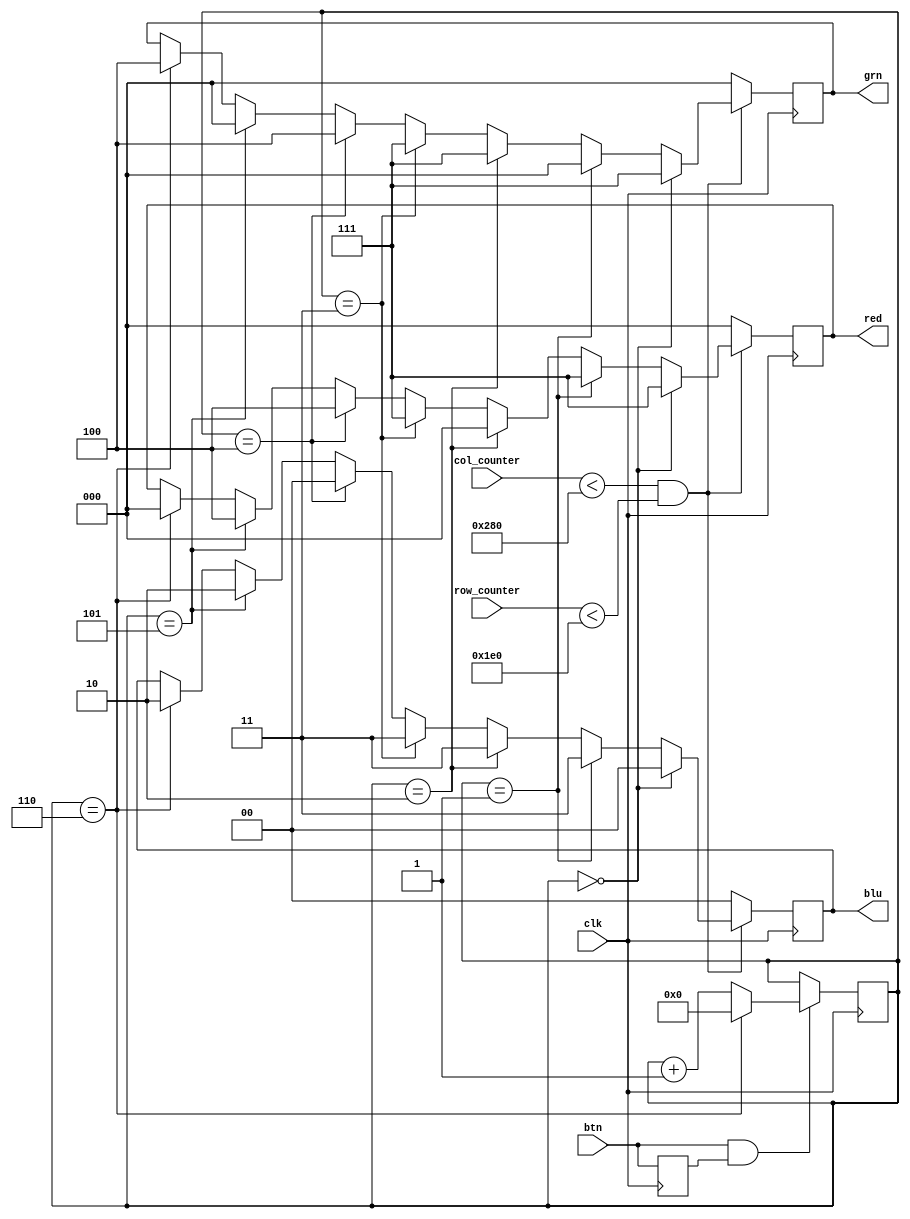
/* 
    Creates video signal by writing values to red, green, and blue signals
*/

module video_signal_generator
    #(
        parameter DISP_COLS = 640,
        parameter DISP_ROWS = 480
    )
    (
        input btn,
        input [11:0] col_counter,
        input [11:0] row_counter,

        output reg [2:0] red,
        output reg [2:0] grn,
        output reg [1:0] blu,

        input clk
    );

    reg prev_btn_status = 0;
    reg [4:0] video_selector = 0;

    always @(posedge clk) begin
        prev_btn_status <= btn;
            
        if (btn == 1 && prev_btn_status == 1) begin

            if (video_selector == 6) begin
                video_selector = 0;
            end

            else begin
                video_selector = video_selector + 1;
            end
        end
    end

    always @(posedge clk) begin
        if (col_counter < DISP_COLS && row_counter < DISP_ROWS) begin
            if (video_selector == 0) begin
                red <= 3'b111;
                grn <= 3'b111;
                blu <= 2'b00; 
            end
            else if (video_selector == 1) begin
                red <= 3'b111;
                grn <= 3'b000;
                blu <= 2'b11; 
            end
            else if (video_selector == 2) begin
                red <= 3'b000;
                grn <= 3'b111;
                blu <= 2'b11; 
            end
            else if (video_selector == 3) begin
                red <= 3'b111;
                grn <= 3'b111;
                blu <= 2'b11; 
            end
            else if (video_selector == 4) begin
                red <= 3'b100;
                grn <= 3'b100;
                blu <= 2'b00; 
            end
            else if (video_selector == 5) begin
                red <= 3'b100;
                grn <= 3'b000;
                blu <= 2'b10; 
            end
            else if (video_selector == 6) begin
                red <= 3'b000;
                grn <= 3'b100;
                blu <= 2'b10; 
            end
        end
        else begin
            red <= 3'b000;
            grn <= 3'b000;
            blu <= 2'b00;
        end
    end
   
endmodule